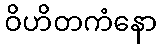
ဝိဟိတကံနော